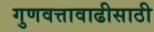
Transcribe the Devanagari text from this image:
गुणवत्तावाढीसाठी